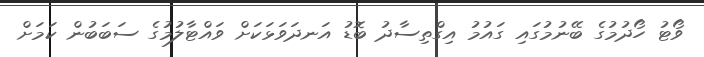
ވޯޓު ހޯދުމުގެ ބޭނުމުގައި ގައުމު އިގްތިސާދު ބޮޑު އަނދަވަޅަކަށް ވައްޓާލުމުގެ ސަބަބުން ކަމަށް